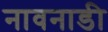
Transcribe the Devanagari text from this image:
नावनाडी